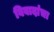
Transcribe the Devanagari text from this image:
विवादांचा